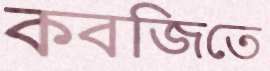
কবজিতে